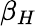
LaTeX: \beta_{H}